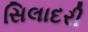
સિલાદરી